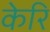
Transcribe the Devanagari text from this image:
केरि